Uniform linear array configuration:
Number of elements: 4
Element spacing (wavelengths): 0.25
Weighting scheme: kaiser
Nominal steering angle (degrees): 45
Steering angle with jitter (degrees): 46.983
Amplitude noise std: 0.05
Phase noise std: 0.05

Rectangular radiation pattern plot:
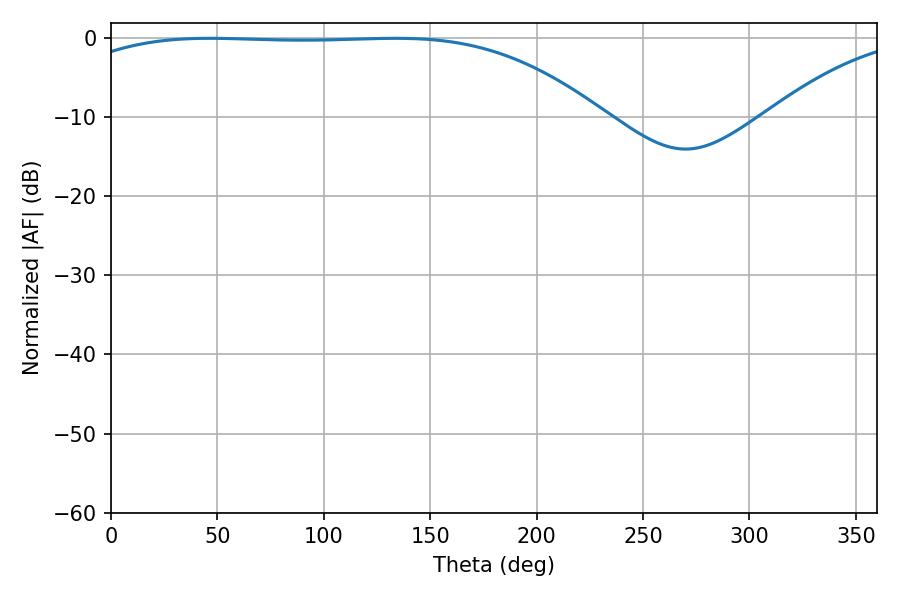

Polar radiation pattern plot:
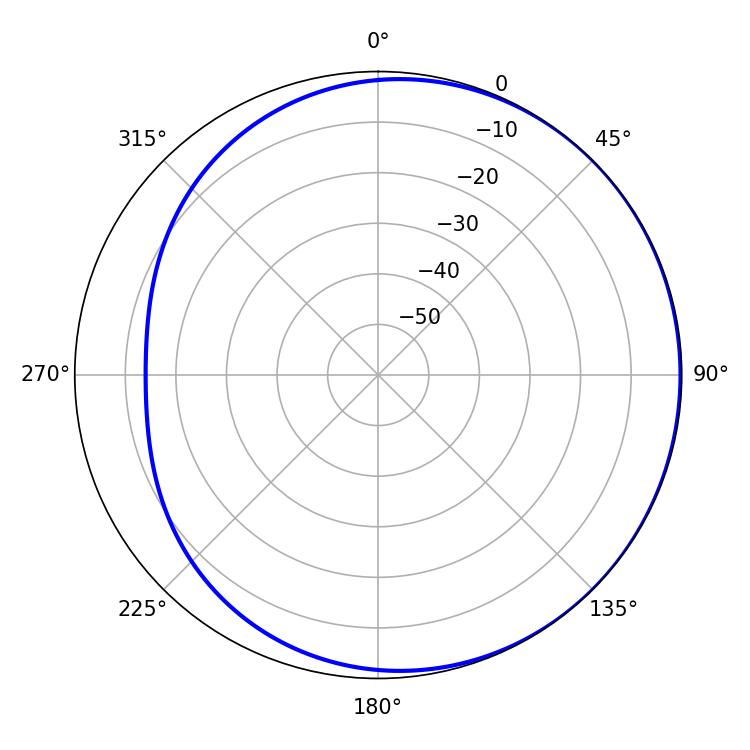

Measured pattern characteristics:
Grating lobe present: FALSE
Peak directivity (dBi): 0.8587
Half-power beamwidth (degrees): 193.14
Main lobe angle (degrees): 133.56